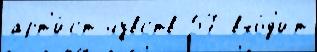
арт'и́ст чувств 57 вхо́д'ит